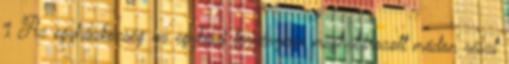
1 Az egyházközség az egyházi törvényben meghatározott módon részt